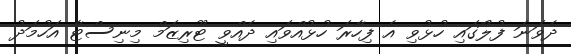
ދެވަނަ ފުލޯގައި ހުޅުވި އެ ފިހާރަ ހުޅުއްވައި ދެއްވީ ޓޫރިޒަމް މިނިސްޓާ އަހުމަދު